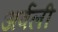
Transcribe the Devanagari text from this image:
अर्वली